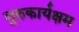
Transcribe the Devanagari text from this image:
गुरुकार्यक्षम